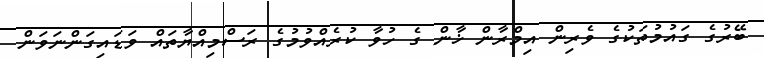
ބޭރުގެ ގައުމުތަކުގެ ވެރިން އިމްރާން ޚާން ގެ ހުވާ ކުރެއްވުމުގެ ރަސްމިއްޔާތައް ވަޑައިގަންނަވަން